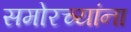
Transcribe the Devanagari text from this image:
समोरच्यांना